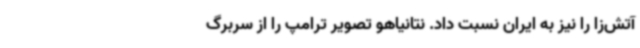
آتش‌زا را نیز به ایران نسبت داد. نتانیاهو تصویر ترامپ را از سربرگ